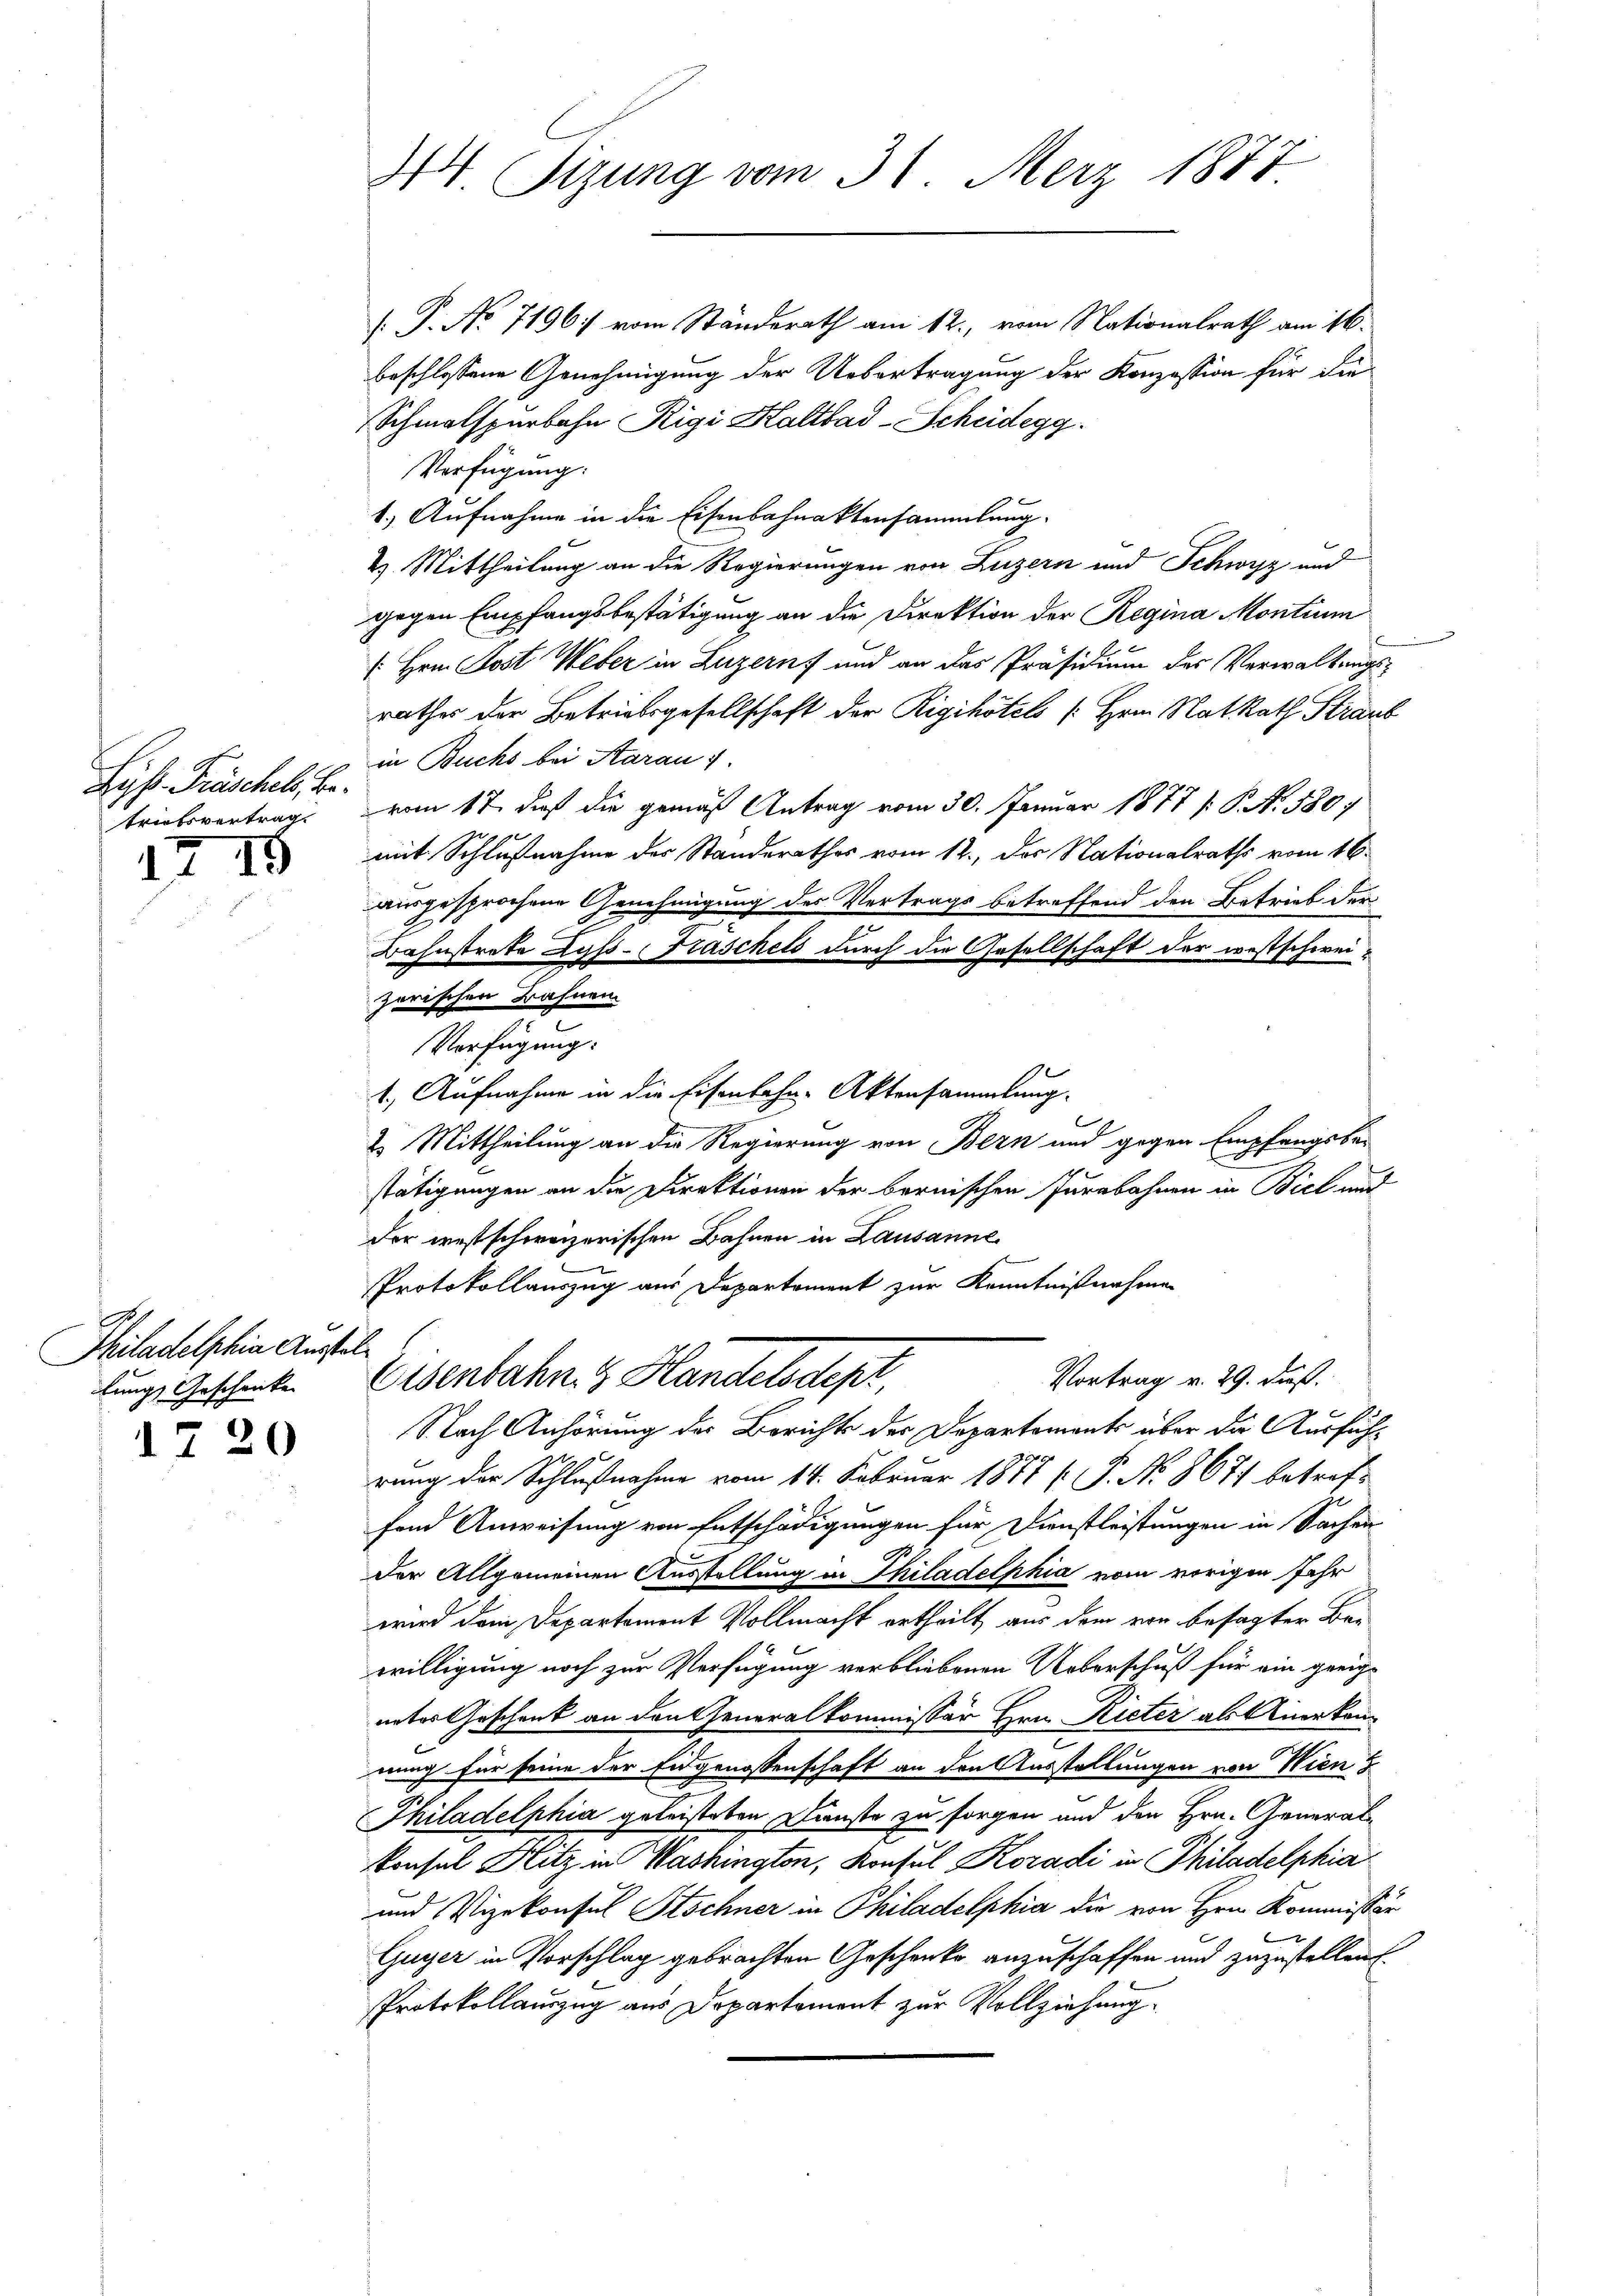
Lit. Präschel, betriotsvertrag.

1719

Philadelphia Ausstellungs Geschenke

1720

: P. No 7196 vom Ständerath am 12. vom Nationalrath am 16.
beschlossene Genehmigung der Uebertragung der Konzession für die
Schmalspurbahn Rigi Kaltbad-Scheidegg.
Verfügung:
1.) Aufnahme in die Eisenbahnaktensammlung.
2. Mittheilung an die Regierungen von Luzern und Schwyz und
gegen Empfangsbestätigung an die Direktion der Regina Montium
 Hrn. Post Weber in Luzern und an das Präsidium des Verwaltungsrathes der Betriebsgesellschaft der Rigihötels [Hrn. Natrath Straub
in Buchs bei Aarauf.
vom 17. daß die gemäß Antrag vom 30. Januar 1877 /: P. N. 5807
mit Schlußnahme des Standerathes vom 12., das Nationalraths vom 16.
ausgesprochene Genehmigung des Vertrags betreffend den Betrieb der
e
Bahnstrete Lyss-Fräschets durch die Gesellschaft der westschweizerischen Bahnen.
Verfügung:
1. Aufnahme in die Eisenbahn-Aktensammlung.
2. Mittheilung an die Regierung von Bern und gegen Empfangsbe-
stätigungen an die Direktionen der bernischen Jurabahnen in Biel au
der westschweizerischen Bahnen in Lausanne
Protokollauszug aus Departement zur Kenntnißnahme
Vortrag v. 29. dieß.
Eisenbahn. Handelsdept
Nach Anhörung des Berichts des Departements über die Ausführung der Schlußnahme vom 14. Februar 1877 / P. No. 8677 betreffend Anweisung von Entschädigungen für Dienstleistungen in Sachen
der Allgemeinen Ausstellung in Thiladelphia vom vorigen Jahr
wird dem Departement Vollmacht ertheilt aus dem von besagter Bewilligung noch zur Verfügung verbliebenen Ueberschuß für ein geeigneter Geschenk an den Generalkommissär Hrn. Rieter als Anerkannung für seine der Eidgenossenschaft an den Ausstellungen von Wien
Philadelphia geleisteten Dienste zu sorgen und den Hrn. Generalkonsul Hitz in Washington, Konsul Koradi in Philadelphia
und Vizekonsul Stochner in Philadelphia die von Hrn. Kommissär
Guyer in Vorschlag gebrachten Geschenke anzuschaffen und zuzustellen.
Protokollauszug aus Departement zur Vollziehung

44. Sitzung vom 31. Merz 1877